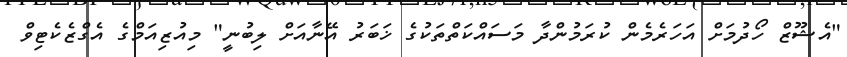
"އެޝޫޒް ހޯދުމަށް އަހަރެމެން ކުރަމުންދާ މަސައްކަތްތަކުގެ ޚަބަރު އޭނާއަށް ލިބުނީ" މިއުޒިއަމްގެ އެގްޒެކެޓިވް